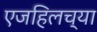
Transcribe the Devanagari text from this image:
एजहिलच्या